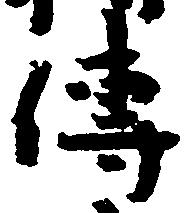
伝